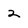
Character: 2